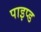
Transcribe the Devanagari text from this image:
पाइप्ड